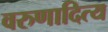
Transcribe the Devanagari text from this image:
वरुणादित्य